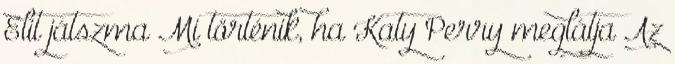
Elit játszma Mi történik, ha Katy Perry meglátja Az